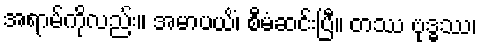
အရာမ်ကိုလည်း။ အမာပယိံ၊ စီမံဆင်းပြီ။ တဿ ဗုဒ္ဓဿ၊